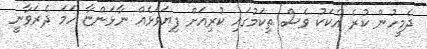
ދެމީހުން ކުރެ އެކަކު ވެސް ތިކަމުގައި ކުރިއަށް ފިޔަވަޅެއް ނާޅަންޏާ ހަމަ ދެރަވާނީ